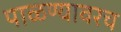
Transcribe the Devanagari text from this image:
पाळण्यावरच